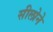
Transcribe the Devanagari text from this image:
सीलोने